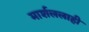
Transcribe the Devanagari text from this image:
मार्शललाही